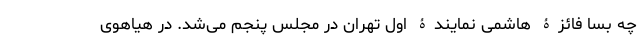
چه بسا فائزۀ هاشمی نمایندۀ اول تهران در مجلس پنجم می‌شد. در هیاهوی